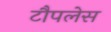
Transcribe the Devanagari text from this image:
टौपलेस